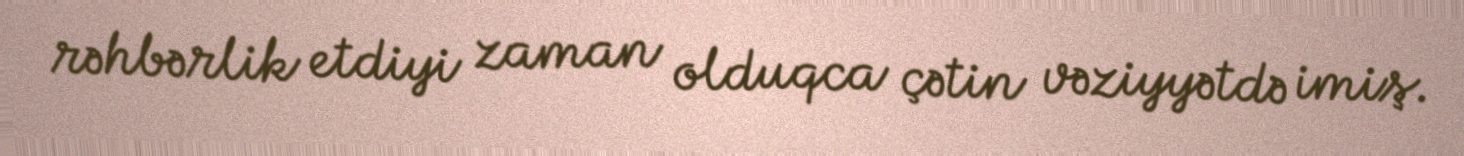
rəhbərlik etdiyi zaman olduqca çətin vəziyyətdə imiş.